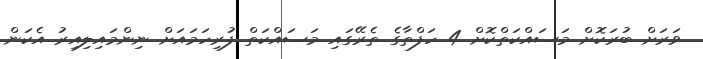
ވަރަށް ބުރަކޮށް މަސައްކަތްކޮށް 4 ހަފްތާގެ ތެރޭގައި މަސައްކަތް ފުރިހަމައަށް ނިންމައިލިއިރު އެކަން